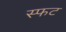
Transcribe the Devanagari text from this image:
स्फट